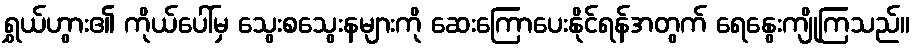
ရွှယ်ဟွား၏ ကိုယ်ပေါ်မှ သွေးစသွေးနများကို ဆေးကြောပေးနိုင်ရန်အတွက် ရေနွေးကျိုကြသည်။